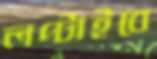
লপ্‌টাইবে